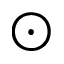
\odot